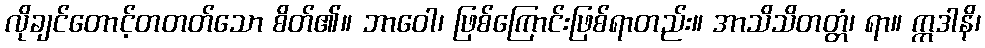
လိုချင်တောင့်တတတ်သော စိတ်၏။ ဘာဝေါ၊ ဖြစ်ကြောင်းဖြစ်ရာတည်း။ အာသိသိတတ္တံ၊ ရာ။ ဣဒါနိ၊